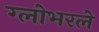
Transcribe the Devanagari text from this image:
ग्लोभरले